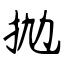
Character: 抛